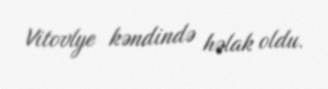
Vitovlye kəndində həlak oldu.